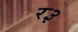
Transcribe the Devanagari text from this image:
र३